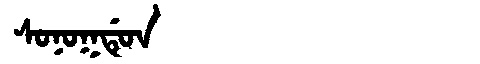
Manchu: ᠰᠣᠨᠣᡴᡩᡠᠨ
Romanization: SONOKDUN